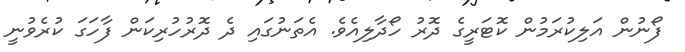
ފޯނުން އަލިކުރަމުން ކޮޓަރީގެ ދޮރު ހޯދާލިއެވެ. އެތަނުގައި ދެ ދޮރުހުރިކަން ފާހަގަ ކުރެވުނީ